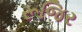
રૂજિર